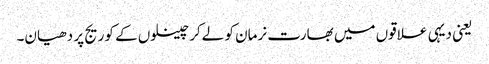
یعنی دیہی علاقوں میں بھارت نرمان کو لےکر چینلوں کے کوریج پر دھیان۔